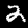
Digit: 2